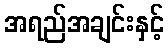
အရည်အချင်းနှင့်